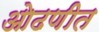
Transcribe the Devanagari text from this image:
ओढणीत